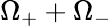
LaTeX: \Omega_{+}+\Omega_{-}